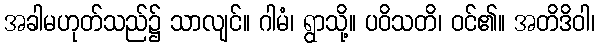
အခါမဟုတ်သည်၌ သာလျင်။ ဂါမံ၊ ရွာသို့။ ပဝိသတိ၊ ဝင်၏။ အတိဒိဝါ၊